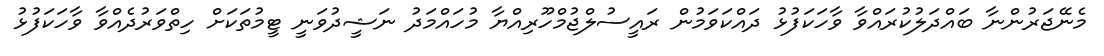
މެނޭޖަރުންނާ ބައްދަލުކުރައްވާ ވާހަކަފުޅު ދައްކަވަމުން ރައީސުލްޖުމްހޫރިއްޔާ މުހައްމަދު ނަޝީދުވަނީ ޓީމުތަކަށް ހިތްވަރުދެއްވާ ވާހަކަފުޅު